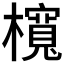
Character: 𣟂